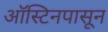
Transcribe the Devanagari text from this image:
ऑस्टिनपासून